Indian journal of veterinary science and animal husbandry - Volumes 28-29, 1958-1959
Year: 1958
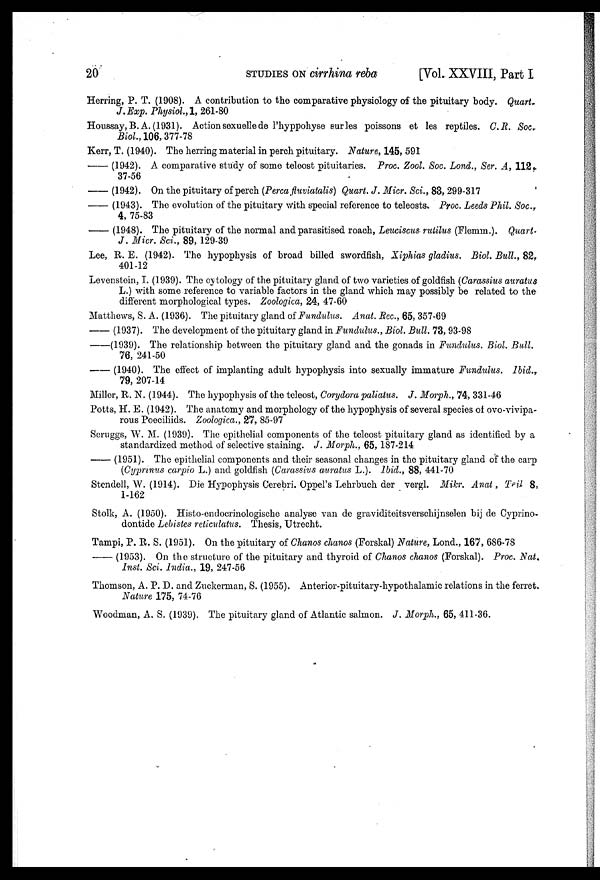
20
STUDIES
ON
cirrhina
reba
[Vol. XXVIII, Part I
Herring, P. T. (1908). A contribution to the comparative physiology of the pituitary body. Quart.
J. Exp. Physiol., 1, 261-80
Houssay, B. A. (1931). Action sexuelle de Phyppohyse surles poissons et les reptiles. C.R. Soc.
Biol., 106, 377-78
Kerr, T. (1940). The herring material in perch pituitary. Nature, 145, 591
— (1942). A comparative study of some teleost pituitaries. Proc. Zool. Soc. Lond., Ser. A, 112
37-56
— (1942). On the pituitary of perch (Perca fluviatalis) Quart. J. Micr. Sci., 83, 299-317
— (1943). The evolution of the pituitary with special reference to teleosts. Proc. Leeds Phil. Soc.,
4, 75-83
— (1948). The pituitary of the normal and parasitised roach, Leuciscus rutilus (Flemm.). Quart.
J. Micr. Sci., 89, 129-39
Lee, R. E. (1942). The hypophysis of broad billed swordfish, Xiphias gladius. Biol. Bull., 82,
401-12
Levenstein, I. (1939). The cytology of the pituitary gland of two varieties of goldfish (Carassius auratus
L.) with some reference to variable factors in the gland which may possibly be related to the
different morphological types. Zoologica, 24, 47-60
Matthews, S. A. (1936). The pituitary gland of Fundulus. Anat. Rec., 65, 357-69
— (1937). The development of the pituitary gland in Fundulus., Biol. Bull. 73, 93-98
— (1939). The relationship between the pituitary gland and the gonads in Fundulus. Biol. Bull.
76, 241-50
— (1940). The effect of implanting adult hypophysis into sexually immature Fundulus.
Ibid.,
79, 207-14
Miller, R. N. (1944). The hypophysis of the teleost, Corydora paliatus. J. Morph., 74, 331-46
Potts, H. E. (1942). The anatomy and morphology of the hypophysis of several species of ovo-vivipa-
rous Poeciliids. Zoologica., 27, 85-97
Scruggs, W. M. (1939). The epithelial components of the teleost pituitary gland as identified by a
standardized method of selective staining. J. Morph., 65, 187-214
— (1951). The epithelial components and their seasonal changes in the pituitary gland of the carp
(Cyprinus carpio L.) and goldfish (Carassius auratus L.). Ibid., 88, 441-70
Stendell, W. (1914). Die Hypophysis Cerebri. Oppel's Lehrbuch der vergl. Mikr. Anat , Teil 8,
1-162
Stolk, A. (1950). Histo-endocrinologische analyse van de graviditeitsverschijnselen bij de Cyprino-
dontide Lebistes reticulatus. Thesis, Utrecht.
Tampi, P. R. S. (1951). On the pituitary of Chanos chanos (Forskal) Nature, Lond., 167, 686-78
— (1953). On the structure of the pituitary and thyroid of Chanos chanos (Forskal). Proc. Nat.
Inst. Sci. India., 19, 247-56
Thomson, A. P. D. and Zuckerman, S. (1955). Anterior-pituitary-hypothalamic relations in the ferret.
Nature 175, 74-76
Woodman, A. S. (1939). The pituitary gland of Atlantic salmon. J. Morph., 65, 411-36.